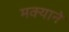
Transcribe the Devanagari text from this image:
मक्याने